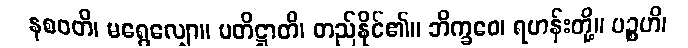
နစဝတိ၊ မရွေလျှော။ ပတိဋ္ဌာတိ၊ တည်နိုင်၏။ ဘိက္ခဝေ၊ ရဟန်းတို့။ ပဉ္စဟိ၊